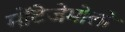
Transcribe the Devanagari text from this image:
मोंटेजेमोलो